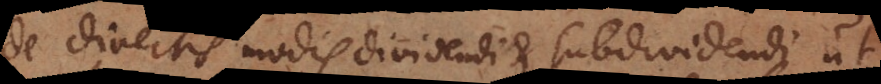
De diversis modis dividendi et subdividendi ut